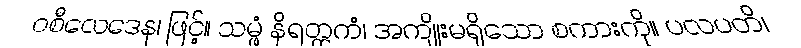
ဝစီလေဒေန၊ ဖြင့်။ သမ္ဖံ နိရတ္ထကံ၊ အကျိုးမရှိသော စကားကို။ ပလပတိ၊